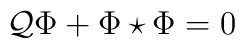
{\cal Q}\Phi +\Phi\star\Phi =0